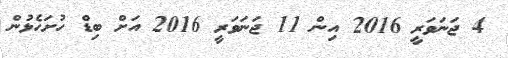
4 ޖަނަވަރީ 2016 އިން 11 ޖަނަވަރީ 2016 އަށް ބިޑް ހުށަހެޅުން